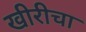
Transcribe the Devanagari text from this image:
खीरीचा